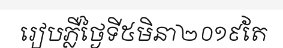
រៀបភ្លឺថ្ងៃទី៥មិនា២០១៩តែ